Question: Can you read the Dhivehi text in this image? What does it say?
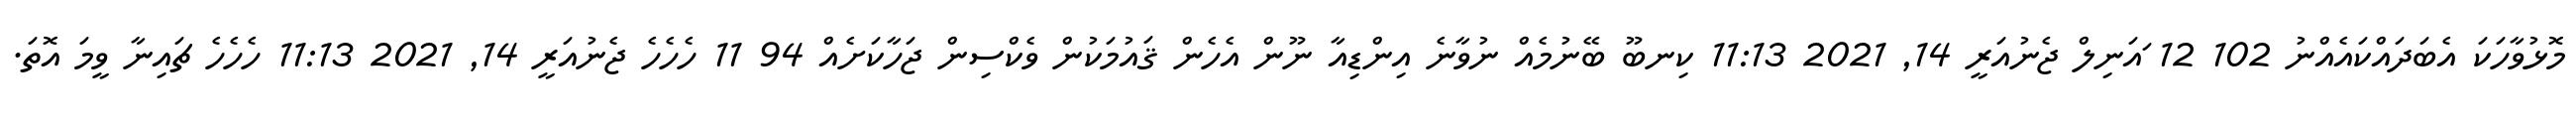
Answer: މޮޅުވާހަކަ އެބަދައްކައެއްނު 102 12 ައަނިލް ޖެނުއަރީ 14, 2021 11:13 ކިނބޫ ބޭނުމެއް ނުވާނެ އިންޑިއާ ނޫން އެހެން ޤައުމަކުން ވެކްސިން ޖަހާކަށެއް 94 11 ހެހެހެ ޖެނުއަރީ 14, 2021 11:13 ހެހެހެ ޗައިނާ ވީމަ އޮތަ.